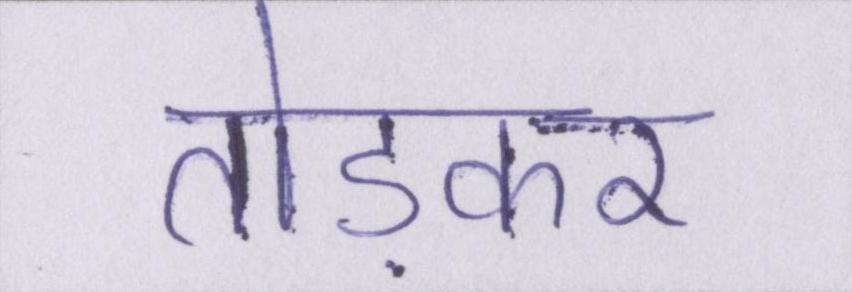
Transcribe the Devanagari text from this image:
तोड़कर